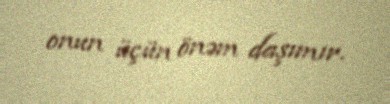
onun üçün önəm daşımır.